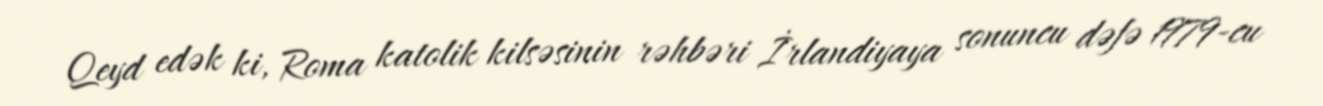
Qeyd edək ki, Roma katolik kilsəsinin rəhbəri İrlandiyaya sonuncu dəfə 1979-cu